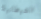
الشيطانية